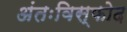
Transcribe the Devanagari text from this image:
अंतःविस्फोद